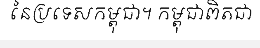
នៃប្រទេសកម្ពុជា។ កម្ពុជាពិតជា